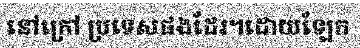
នៅក្រៅ ប្រទេសផងដែរ។ដោយឡែក